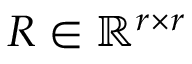
R \in \mathbb { R } ^ { r \times r }